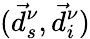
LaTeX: (\vec{d}_{s}^{\nu},\vec{d}_{i}^{\nu})